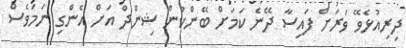
ދިރިއުޅެވޭ ވަރަށް ފައިސާ ދޭނެ ކަމަށް ބޭންކުން ޝިންދް އަށް އެންގި ނަމަވެސް